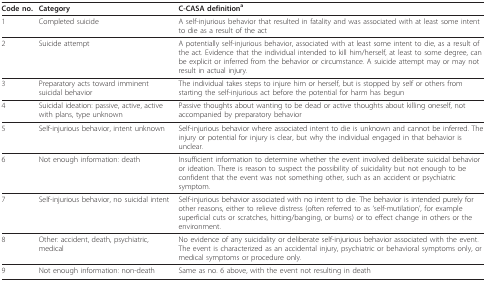
| Code no. | Category | C-CASA definitiona |
 | --- | --- | --- |
 | 1 | Completed suicide | A self-injurious behavior that resulted in fatality and was associated with at least some intent to die as a result of the act |
 | 2 | Suicide attempt | A potentially self-injurious behavior, associated with at least some intent to die, as a result of the act. Evidence that the individual intended to kill him/herself, at least to some degree, can be explicit or inferred from the behavior or circumstance. A suicide attempt may or may not result in actual injury. |
 | 3 | Preparatory acts toward imminent suicidal behavior | The individual takes steps to injure him or herself, but is stopped by self or others from starting the self-injurious act before the potential for harm has begun |
 | 4 | Suicidal ideation: passive, active, active with plans, type unknown | Passive thoughts about wanting to be dead or active thoughts about killing oneself, not accompanied by preparatory behavior |
 | 5 | Self-injurious behavior, intent unknown | Self-injurious behavior where associated intent to die is unknown and cannot be inferred. The injury or potential for injury is clear, but why the individual engaged in that behavior is unclear. |
 | 6 | Not enough information: death | Insufficient information to determine whether the event involved deliberate suicidal behavior or ideation. There is reason to suspect the possibility of suicidality but not enough to be confident that the event was not something other, such as an accident or psychiatric symptom. |
 | 7 | Self-injurious behavior, no suicidal intent | Self-injurious behavior associated with no intent to die. The behavior is intended purely for other reasons, either to relieve distress (often referred to as 'self-mutilation', for example superficial cuts or scratches, hitting/banging, or burns) or to effect change in others or the environment. |
 | 8 | Other: accident, death, psychiatric, medical | No evidence of any suicidality or deliberate self-injurious behavior associated with the event. The event is characterized as an accidental injury, psychiatric or behavioral symptoms only, or medical symptoms or procedure only. |
 | 9 | Not enough information: non-death | Same as no. 6 above, with the event not resulting in death |